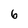
Character: 6